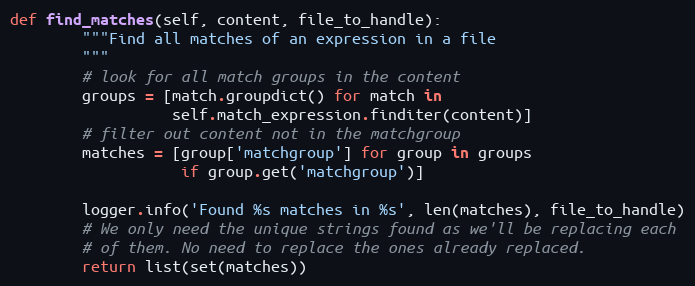
Language: Python
def find_matches(self, content, file_to_handle):
        """Find all matches of an expression in a file
        """
        # look for all match groups in the content
        groups = [match.groupdict() for match in
                  self.match_expression.finditer(content)]
        # filter out content not in the matchgroup
        matches = [group['matchgroup'] for group in groups
                   if group.get('matchgroup')]

        logger.info('Found %s matches in %s', len(matches), file_to_handle)
        # We only need the unique strings found as we'll be replacing each
        # of them. No need to replace the ones already replaced.
        return list(set(matches))